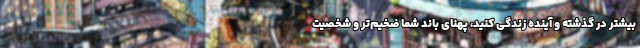
بیشتر در گذشته و آینده زندگی کنید، پهنای باند شما ضخیم‌تر و شخصیت